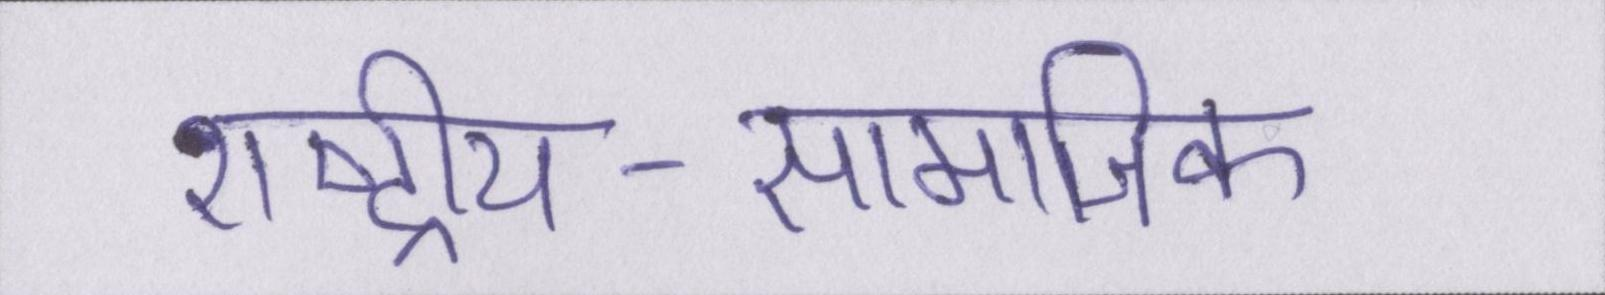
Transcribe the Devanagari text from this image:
राष्ट्रीय-सामाजिक